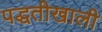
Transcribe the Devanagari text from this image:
पद्धतीखाली